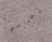
إجرامي